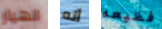
انهيار أنه فظيعه